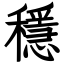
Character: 穩